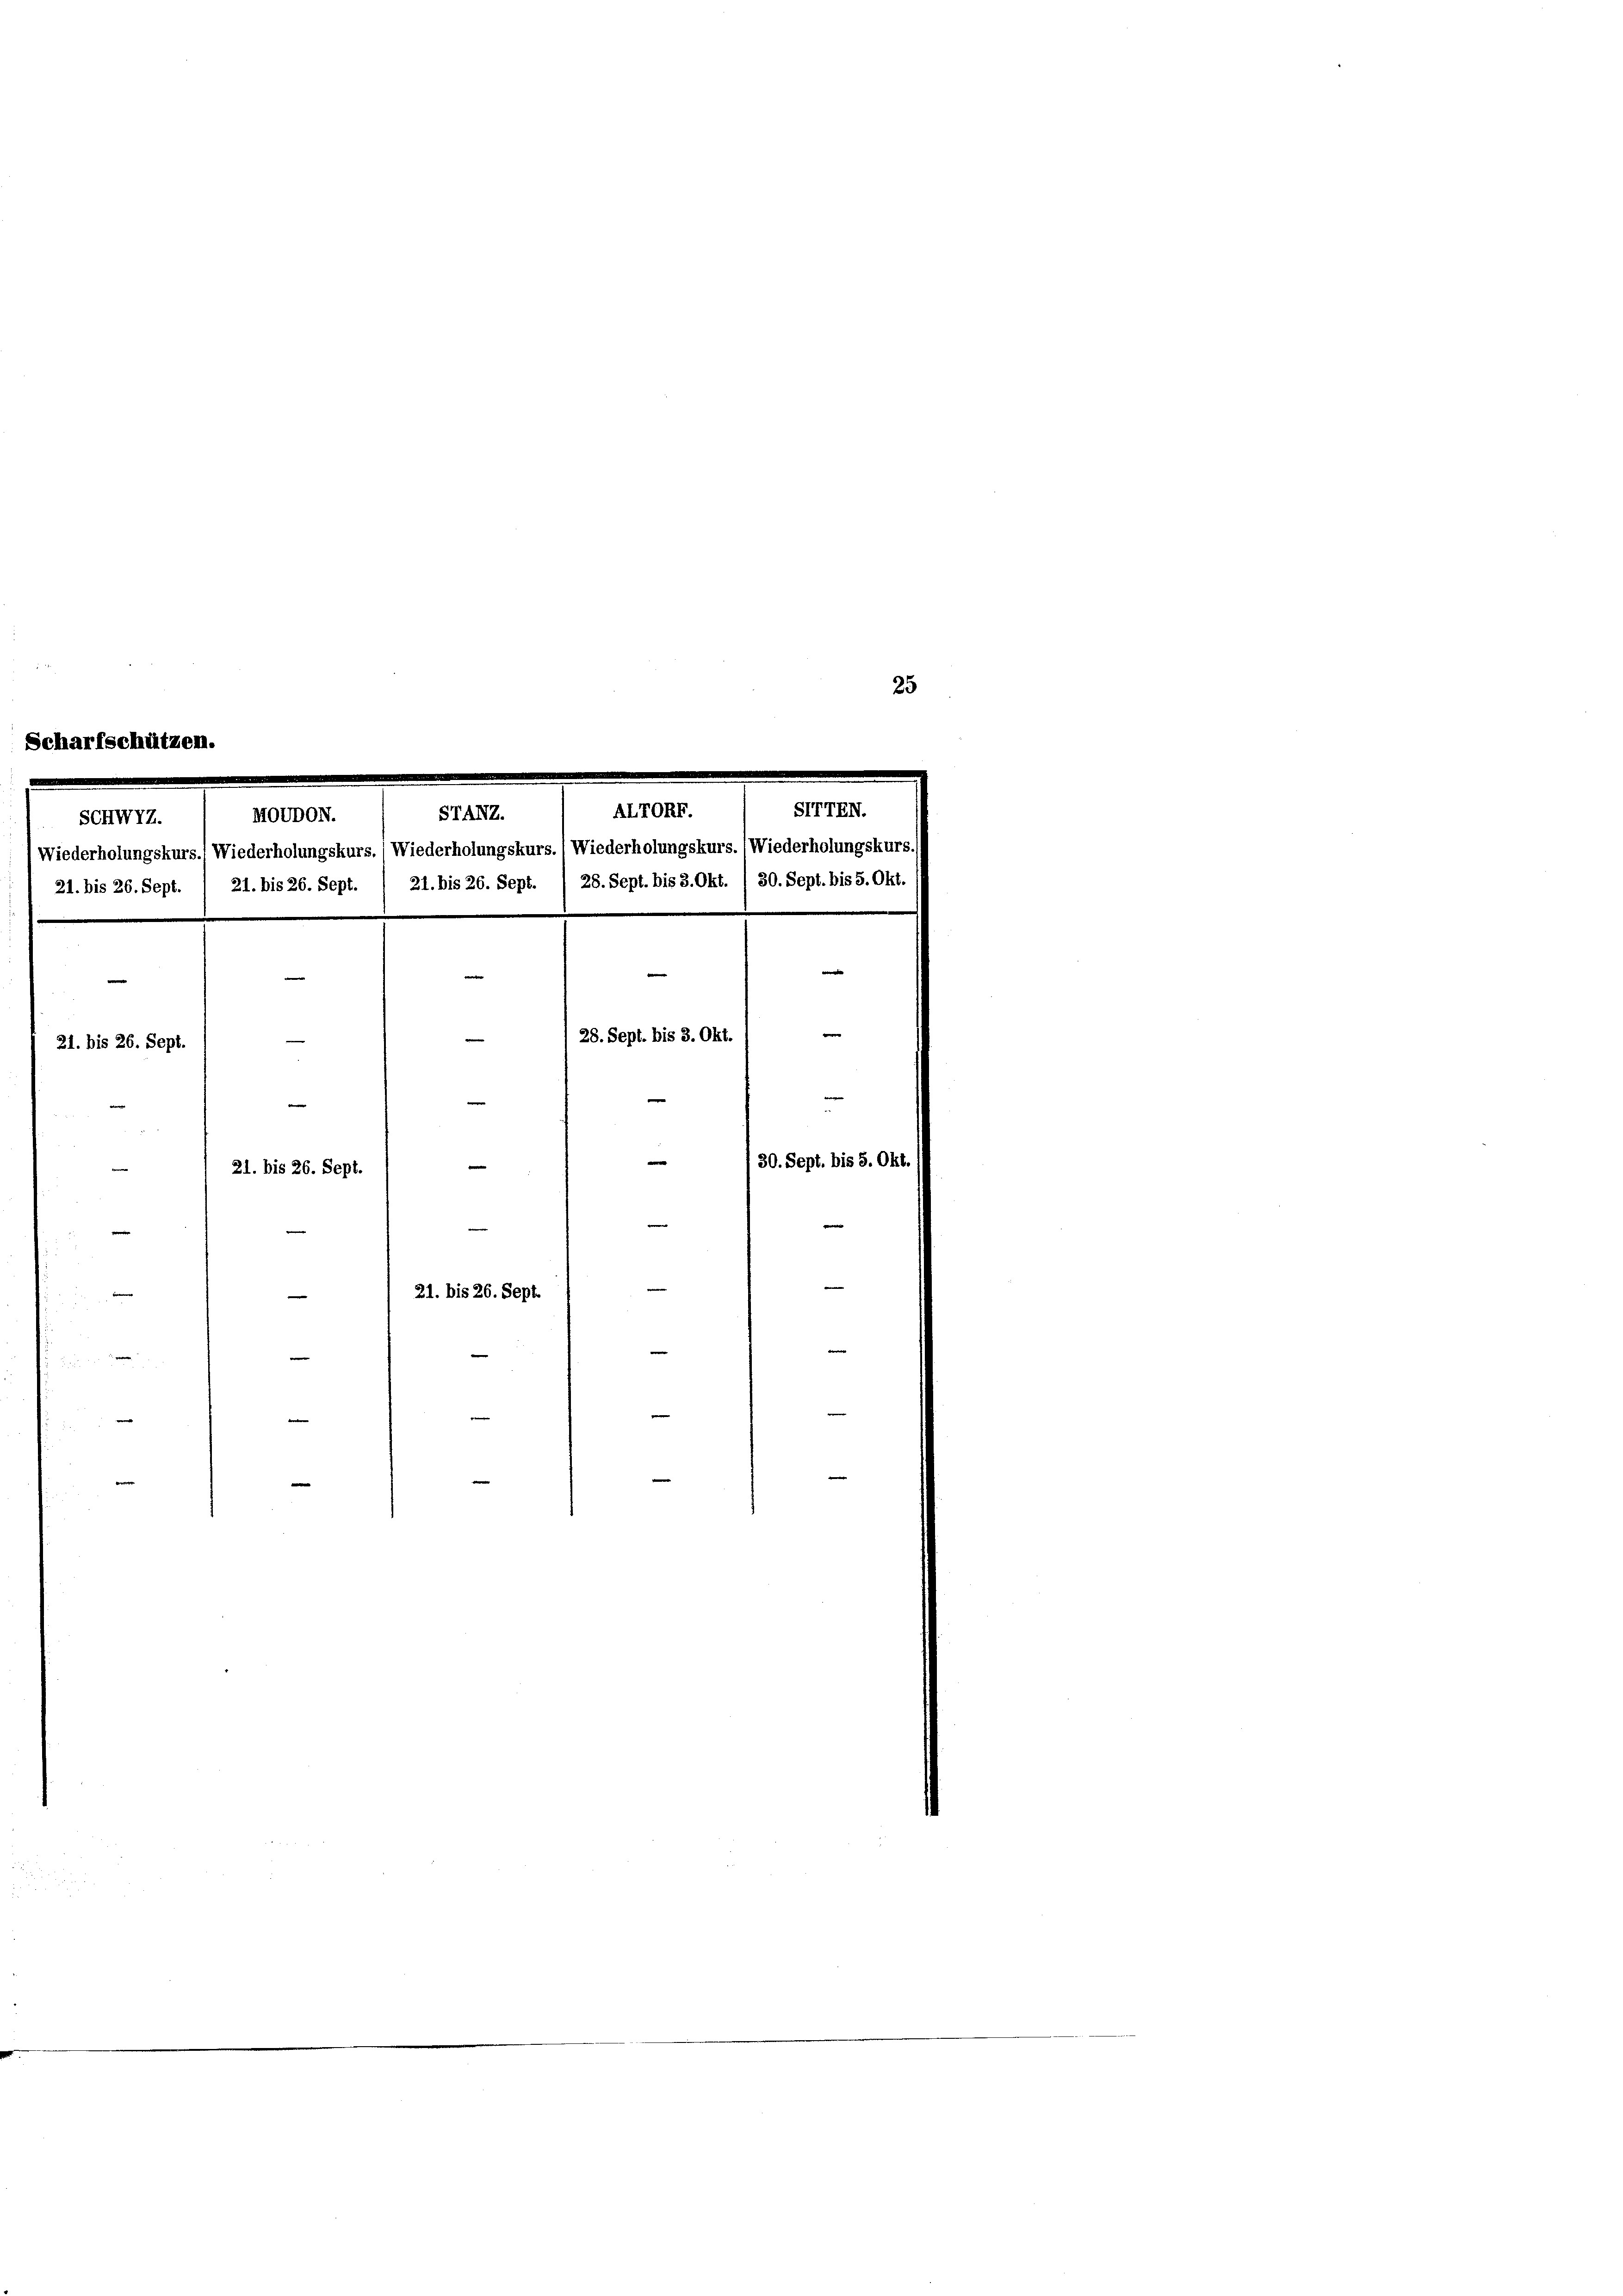
Schwyz.
21. bis 26. Sept. 1 21. bis 26. Sept. / 21. bis 26. Sept.
e
e
m
e
21. bis 26. Sept.
e
e
21. bis 26. Sept.
|
21. bis 26. Sept.

e
Be
e
e

AL70
STANZ.
110000N.
Wiederholungskurs.) Wiederholungskurs.) Wiederholungskurs. Wiederholungskurs. (Wiederholungskur

28. Sept. bis 8. Okt. / 30. Sept. bis 5. Ok

d
28. Sept. bis 3. Okt.

0. Sept. bis 5. C